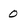
Character: 0